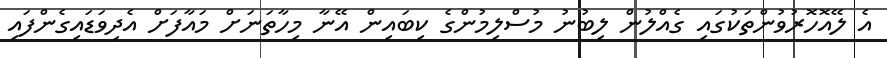
އެ ލޭއޮހޮރުވުންތަކުގައި ގެއްލުން ލިބުނު މުސްލިމުންގެ ކިބައިން އޭނާ މިހާތަނަށް މައާފަށް އެދިވަޑައިގެންފައި